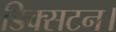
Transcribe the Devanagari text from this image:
डिक्सटन।